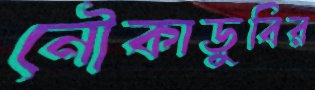
নৌকাডুবির